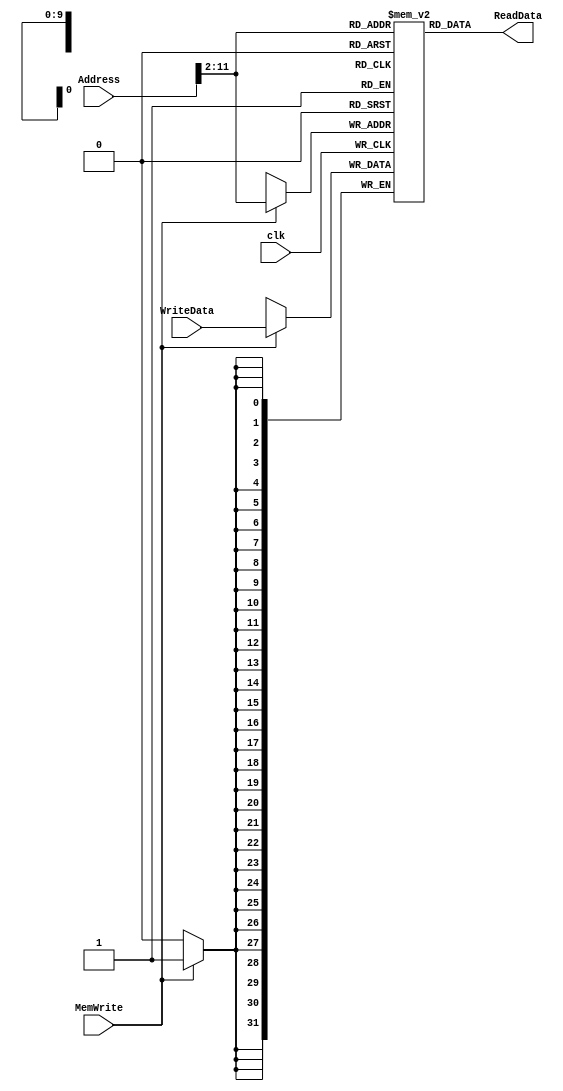
module DataMemory(
    input clk,
    input MemWrite,
    input [31:0] Address, WriteData,
    output [31:0] ReadData
);

reg [31:0] Memory [1023:0];

always @(posedge clk) begin
    if (MemWrite)
        Memory[Address >> 2] <= WriteData;
end

assign ReadData = Memory[Address >> 2];

endmodule